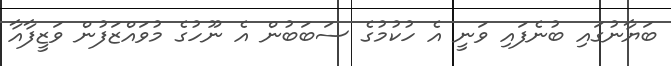
ބަޔާނުގައި ބުނެފައި ވަނީ އެ ހުކުމުގެ ސަބަބުން އެ ނޫހުގެ މުވައްޒަފުން ވަޒީފާއާ